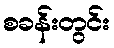
စခန်းတွင်း